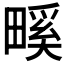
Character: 𤲺